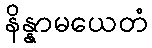
နိန္နာမယေတံ